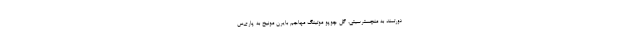
دورتمند به منچسترسیتی، گل چوپو موتینگ مهاجم بایرن مونیخ به پاری‌س